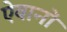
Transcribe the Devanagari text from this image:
ऐवानों